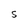
Character: S